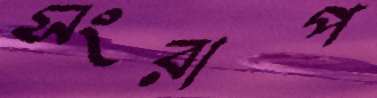
সংরাপ